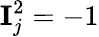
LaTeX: \textbf{I}_{j}^{2}=-1